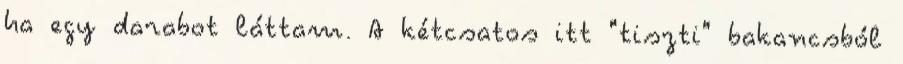
ha egy darabot láttam. A kétcsatos itt "tiszti" bakancsból